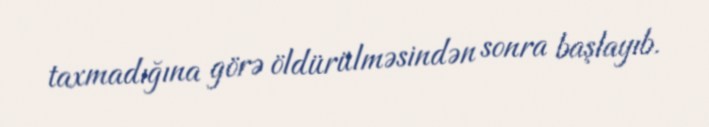
taxmadığına görə öldürülməsindən sonra başlayıb.